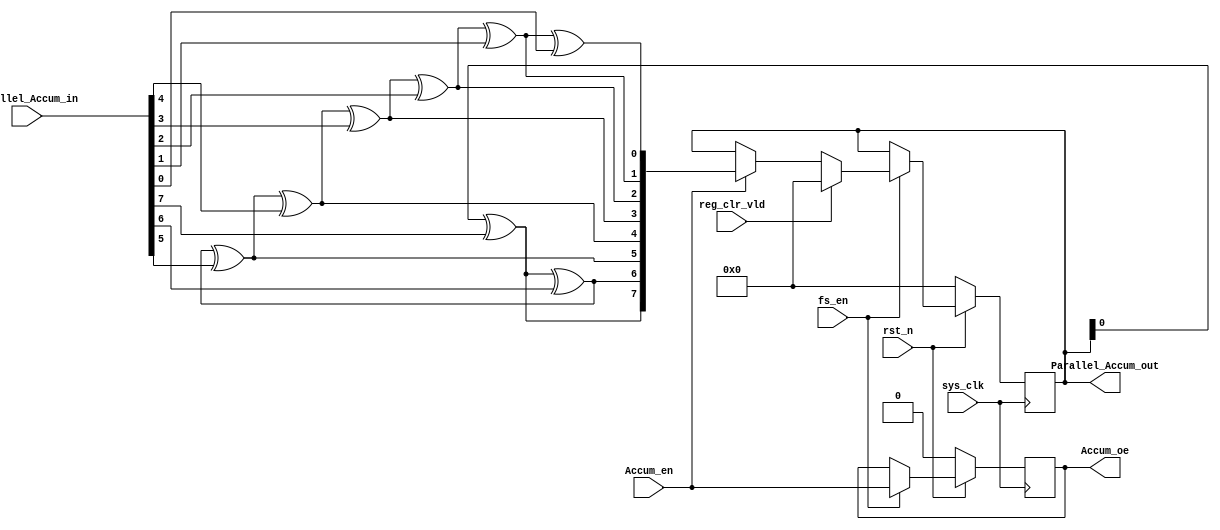
`timescale 1ns / 1ps
module Parallel_Accum(
input	          							sys_clk,
input											fs_en,
input	          							rst_n,
//////////////////////////////////////////////////////////////
input	          							Accum_en,
input	          							reg_clr_vld,
input	          			[7:0] 		Parallel_Accum_in,
//////////////////////////////////////////////////////////////
output  		reg  							Accum_oe,
output      reg   		[7:0] 		Parallel_Accum_out
);

always @(posedge sys_clk)begin
	if(~rst_n)begin
		Accum_oe <= 1'b0;
	end
	else if(fs_en == 1'b1)begin
		Accum_oe <= Accum_en;
	end
	else begin
	end
end

always @(posedge sys_clk)begin
	if(~rst_n)begin
		Parallel_Accum_out <= 8'b00000000;
	end
	else if(fs_en == 1'b1)begin
		if(reg_clr_vld)begin
			Parallel_Accum_out <= 8'b00000000;
		end
		else if(Accum_en)begin
			Parallel_Accum_out <= {Parallel_Accum_out[0]^Parallel_Accum_in[7],Parallel_Accum_out[0]^Parallel_Accum_in[7]^Parallel_Accum_in[6],Parallel_Accum_out[0]^Parallel_Accum_in[7]^Parallel_Accum_in[6]^Parallel_Accum_in[5],Parallel_Accum_out[0]^Parallel_Accum_in[7]^Parallel_Accum_in[6]^Parallel_Accum_in[5]^Parallel_Accum_in[4],Parallel_Accum_out[0]^Parallel_Accum_in[7]^Parallel_Accum_in[6]^Parallel_Accum_in[5]^Parallel_Accum_in[4]^Parallel_Accum_in[3],Parallel_Accum_out[0]^Parallel_Accum_in[7]^Parallel_Accum_in[6]^Parallel_Accum_in[5]^Parallel_Accum_in[4]^Parallel_Accum_in[3]^Parallel_Accum_in[2],Parallel_Accum_out[0]^Parallel_Accum_in[7]^Parallel_Accum_in[6]^Parallel_Accum_in[5]^Parallel_Accum_in[4]^Parallel_Accum_in[3]^Parallel_Accum_in[2]^Parallel_Accum_in[1],Parallel_Accum_out[0]^Parallel_Accum_in[7]^Parallel_Accum_in[6]^Parallel_Accum_in[5]^Parallel_Accum_in[4]^Parallel_Accum_in[3]^Parallel_Accum_in[2]^Parallel_Accum_in[1]^Parallel_Accum_in[0]};
		end
	end
	else begin
	end
end

endmodule